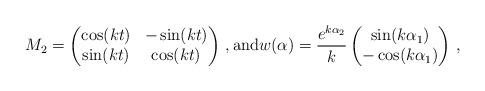
LaTeX: \begin{align*} M_2=\begin{pmatrix} \cos(k t)& -\sin(kt)\\ \sin(kt)& \cos(kt) \end{pmatrix}\,,{\rm and} w(\alpha)= \frac{e^{k\alpha_2}}{k} \begin{pmatrix} \sin(k\alpha_1)\\ -\cos(k\alpha_1) \end{pmatrix}\,,\end{align*}